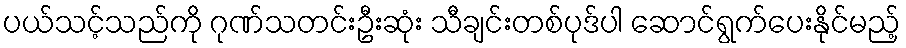
ပယ်သင့်သည်ကို ဂုဏ်သတင်းဦးဆုံး သီချင်းတစ်ပုဒ်ပါ ဆောင်ရွက်ပေးနိုင်မည့်